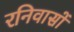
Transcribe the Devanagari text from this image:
रनिवासों